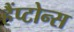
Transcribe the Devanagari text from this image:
हैंप्टोन्स